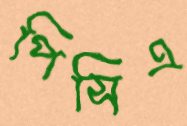
পিসিএ